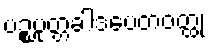
ပဉ္စပုတ္တခါဒပေတဝတ္ထု